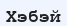
Хэбэй